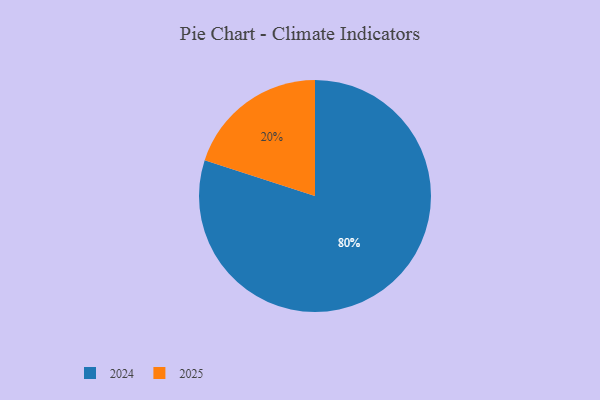
{"axis": {"x": "Category", "y": "Percentage"}, "legend": ["2024", "2025"], "data": [{"x": "2024", "y": 80, "type": "2024"}, {"x": "2025", "y": 20, "type": "2025"}]}